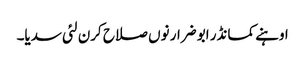
اوہنے کمانڈر ابو ضرار نوں صلاح کرن لئی سدیا۔